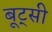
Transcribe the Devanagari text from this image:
बूट्सी